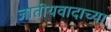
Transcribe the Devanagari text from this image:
जातीयवादाच्या